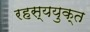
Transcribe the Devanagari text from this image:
रहस्ययुक्त